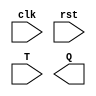
module tff (
    clk,
    rst,
    T,
    Q
);

input clk, rst, T;
output reg Q;


always @(posedge clk or posedge rst) begin
    if (rst)
       Q1 <= 0;
    else if (T == 1'b0)
       Q1 <= Q1;
    else if (T == 1'b1)
        Q1 <= ~ Q1;
end


endmodule